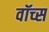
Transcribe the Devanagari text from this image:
वॉच्स